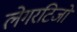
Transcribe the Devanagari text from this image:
लेगरटिजो